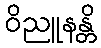
ဝိညူနန္တိ